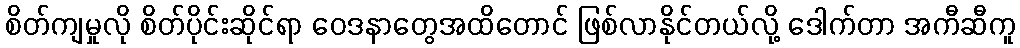
စိတ်ကျမှုလို စိတ်ပိုင်းဆိုင်ရာ ဝေဒနာတွေအထိတောင် ဖြစ်လာနိုင်တယ်လို့ ဒေါက်တာ အကီဆီကူ